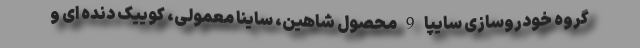
گروه خودروسازی سایپا 9 محصول شاهین، ساینا معمولی، کوییک دنده ای و